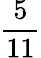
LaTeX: \frac{5}{11}